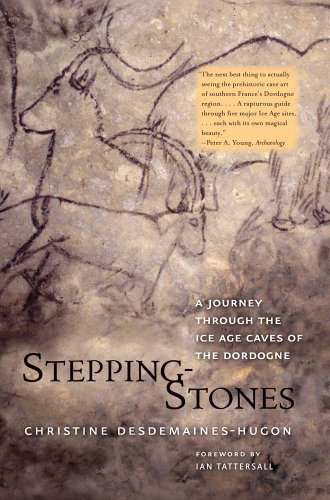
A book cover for Stepping-Stones: A Journey through the Ice Age Caves of the Dordogne; Christine Desdemaines-Hugon; History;